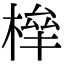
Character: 𣕀